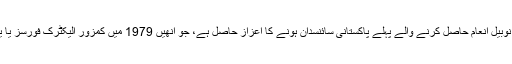
ڈاکٹر عبدالسلام 29 جنوری 1926 کو پنجاب کے ضلع جھنگ میں پیدا ہوئے، انہیں نوبیل انعام حاصل کرنے والے پہلے پاکستانی سائنسدان ہونے کا اعزاز حاصل ہے، جو انھیں 1979 میں کمزور الیکٹرک فورسز یا یونی فکیشن تھیوری پر دیگر 2 مغربی سائنسدانوں کے ساتھ مشترکہ طور پر دیا گیا۔